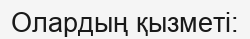
Олардың қызметі: